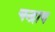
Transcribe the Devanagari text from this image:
चन्द्राय